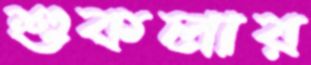
শুকলার